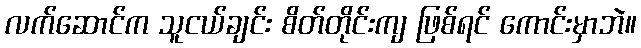
လက်ဆောင်က သူငယ်ချင်း စိတ်တိုင်းကျ ဖြစ်ရင် ကောင်းမှာဘဲ။